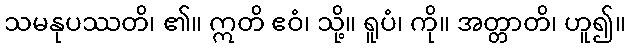
သမနုပဿတိ၊ ၏။ ဣတိ ဧဝံ၊ သို့။ ရူပံ၊ ကို။ အတ္တာတိ၊ ဟူ၍။